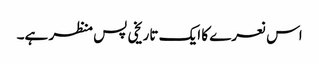
اس نعرے کا ایک تاریخی پس منظر ہے۔